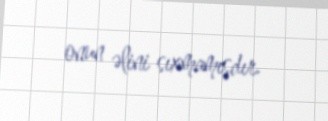
onun əlini sıxmamışdır.